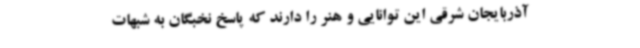
آذربایجان شرقی این توانایی و هنر را دارند که پاسخ نخبگان به شبهات